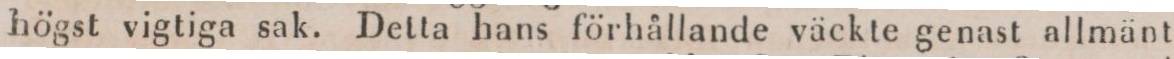
högst vigtiga sak. Detta hans förhållande väckte genast allmänt